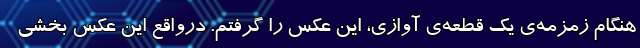
هنگام زمزمه‌ی یک قطعه‌ی آوازی، این عکس را گرفتم. درواقع این عکس بخشی